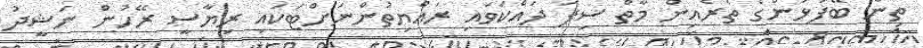
ތިން ބޭފުޅުންގެ ތެރެއިން މާތް ސިފަ ދައްކަވައި ރައްޔިތުންނަށްޓަކައި ރިޔާސީ ރޭހުން ނަޝީދު